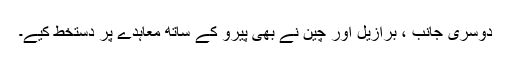
دوسری جانب ، برازیل اور چین نے بھی پیرو کے ساتھ معاہدے پر دستخط کیے۔